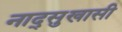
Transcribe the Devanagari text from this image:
नाद्सुखासी